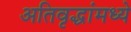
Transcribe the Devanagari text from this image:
अतिवृद्धांमध्ये